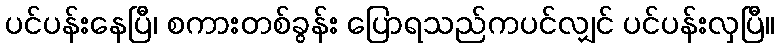
ပင်ပန်းနေပြီ၊ စကားတစ်ခွန်း ပြောရသည်ကပင်လျှင် ပင်ပန်းလှပြီ။